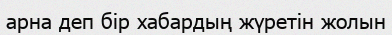
арна деп бір хабардың жүретін жолын